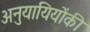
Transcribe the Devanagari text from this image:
अनुयायियोंकी